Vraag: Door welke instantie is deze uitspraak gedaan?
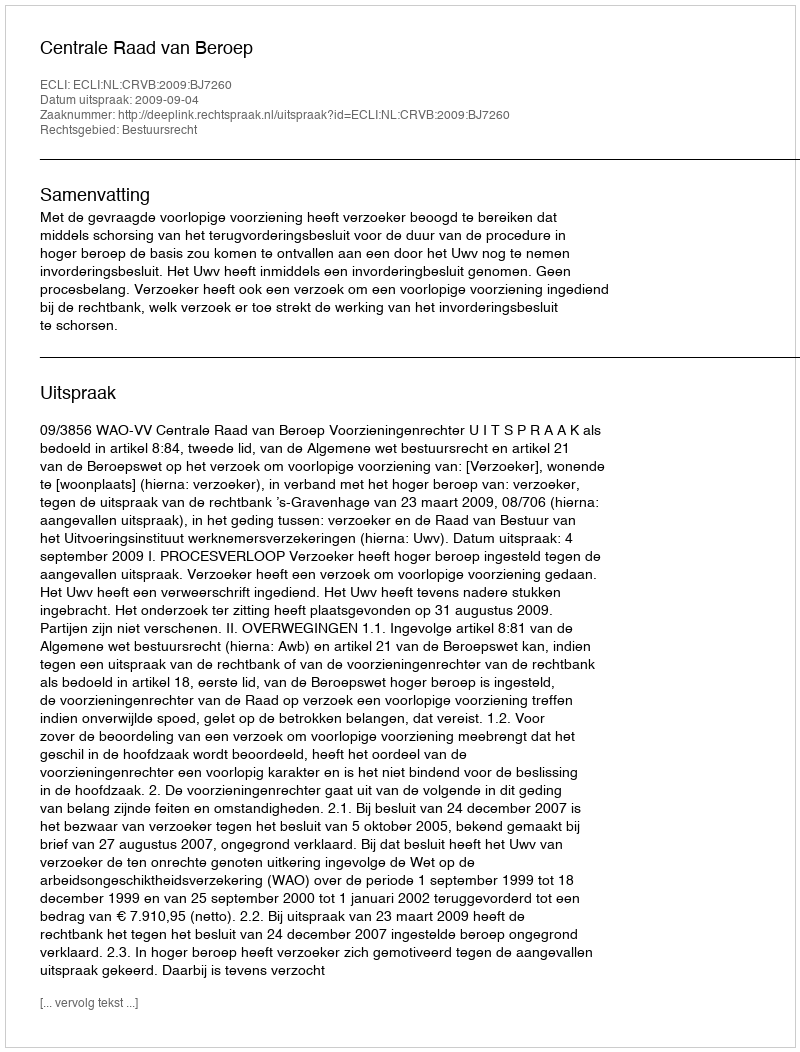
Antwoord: Centrale Raad van Beroep